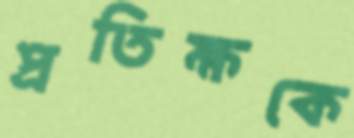
প্রতিক্ষকে